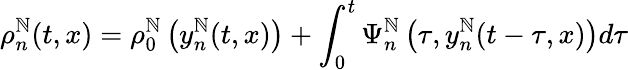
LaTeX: \rho_{n}^{\mathbb{N}}(t,x)=\rho_{0}^{\mathbb{N}}\left(y_{n}^{\mathbb{N}}(t,x)\right)+\int_{0}^{t}\Psi_{n}^{\mathbb{N}}\left(\tau,y_{n}^{\mathbb{N}}(t-\tau,x)\right)d\tau